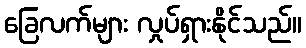
ခြေလက်များ လှုပ်ရှားနိုင်သည်။